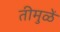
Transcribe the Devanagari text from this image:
तीमुळें